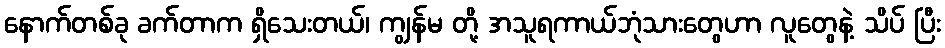
နောက်တစ်ခု ခက်တာက ရှိသေးတယ်၊ ကျွန်မ တို့ အသူရကာယ်ဘုံသားတွေဟာ လူတွေနဲ့ သိပ် ပြီး